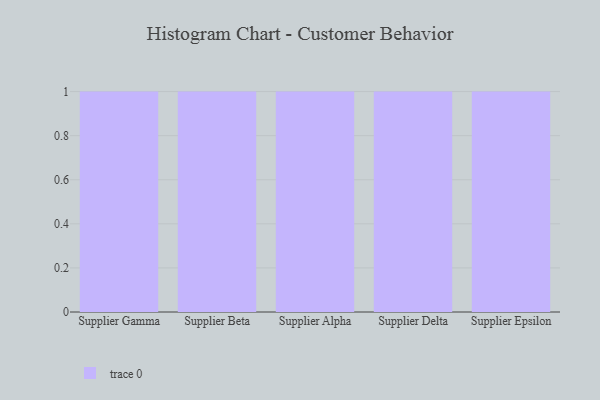
{"axis": {"x": "Supplier", "y": "Production Output"}, "legend": [""], "data": [{"x": "Supplier Gamma", "y": 78, "type": ""}, {"x": "Supplier Beta", "y": 87, "type": ""}, {"x": "Supplier Alpha", "y": 40, "type": ""}, {"x": "Supplier Delta", "y": 4, "type": ""}, {"x": "Supplier Epsilon", "y": 39, "type": ""}]}